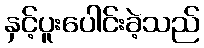
နှင့်ပူးပေါင်းခဲ့သည်